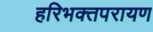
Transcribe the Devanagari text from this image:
हरिभक्तपरायण